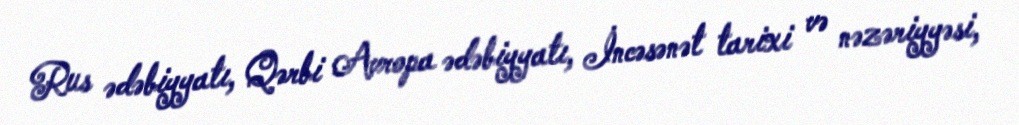
Rus ədəbiyyatı, Qərbi Avropa ədəbiyyatı, İncəsənət tarixi və nəzəriyyəsi,